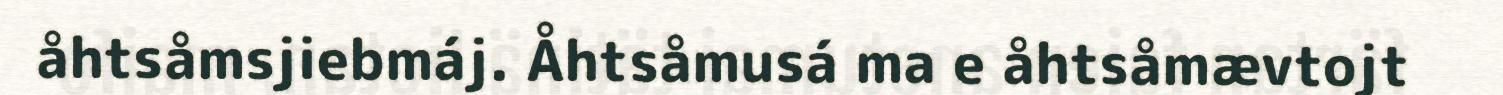
åhtsåmsjiebmáj. Åhtsåmusá ma e åhtsåmævtojt